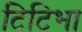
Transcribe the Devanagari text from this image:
टिटिभा